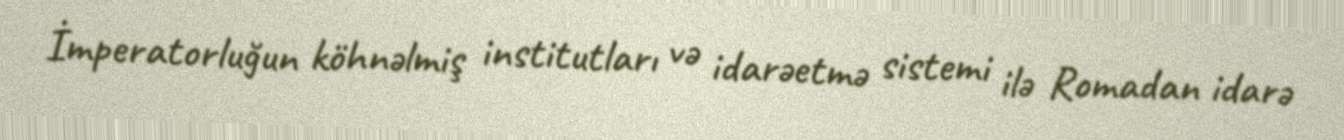
İmperatorluğun köhnəlmiş institutları və idarəetmə sistemi ilə Romadan idarə